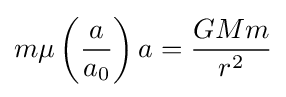
m\mu \left({\frac {a}{a_{0}}}\right)a={\frac {GMm}{r^{2}}}